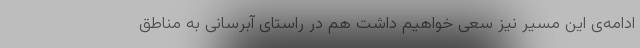
ادامه‌ی این مسیر نیز سعی خواهیم داشت هم در راستای آبرسانی به مناطق